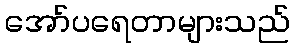
အော်ပရေတာများသည်